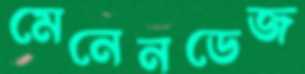
মেনেনডেজ